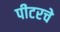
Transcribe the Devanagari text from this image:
पीटरचे